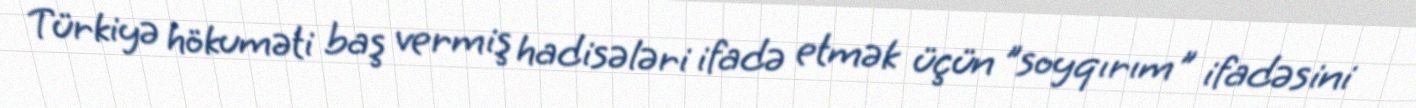
Türkiyə hökuməti baş vermiş hadisələri ifadə etmək üçün "soyqırım" ifadəsini